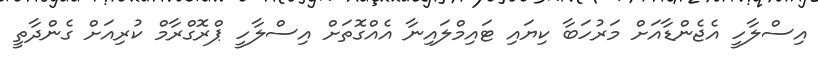
އިސްލާހީ އެޖެންޑާއަށް މަރުހަބާ ކިޔައި ޓައިމްލައިނާ އެއްގޮތަށް އިސްލާހީ ޕްރޮގްރާމް ކުރިއަށް ގެންދާތީ